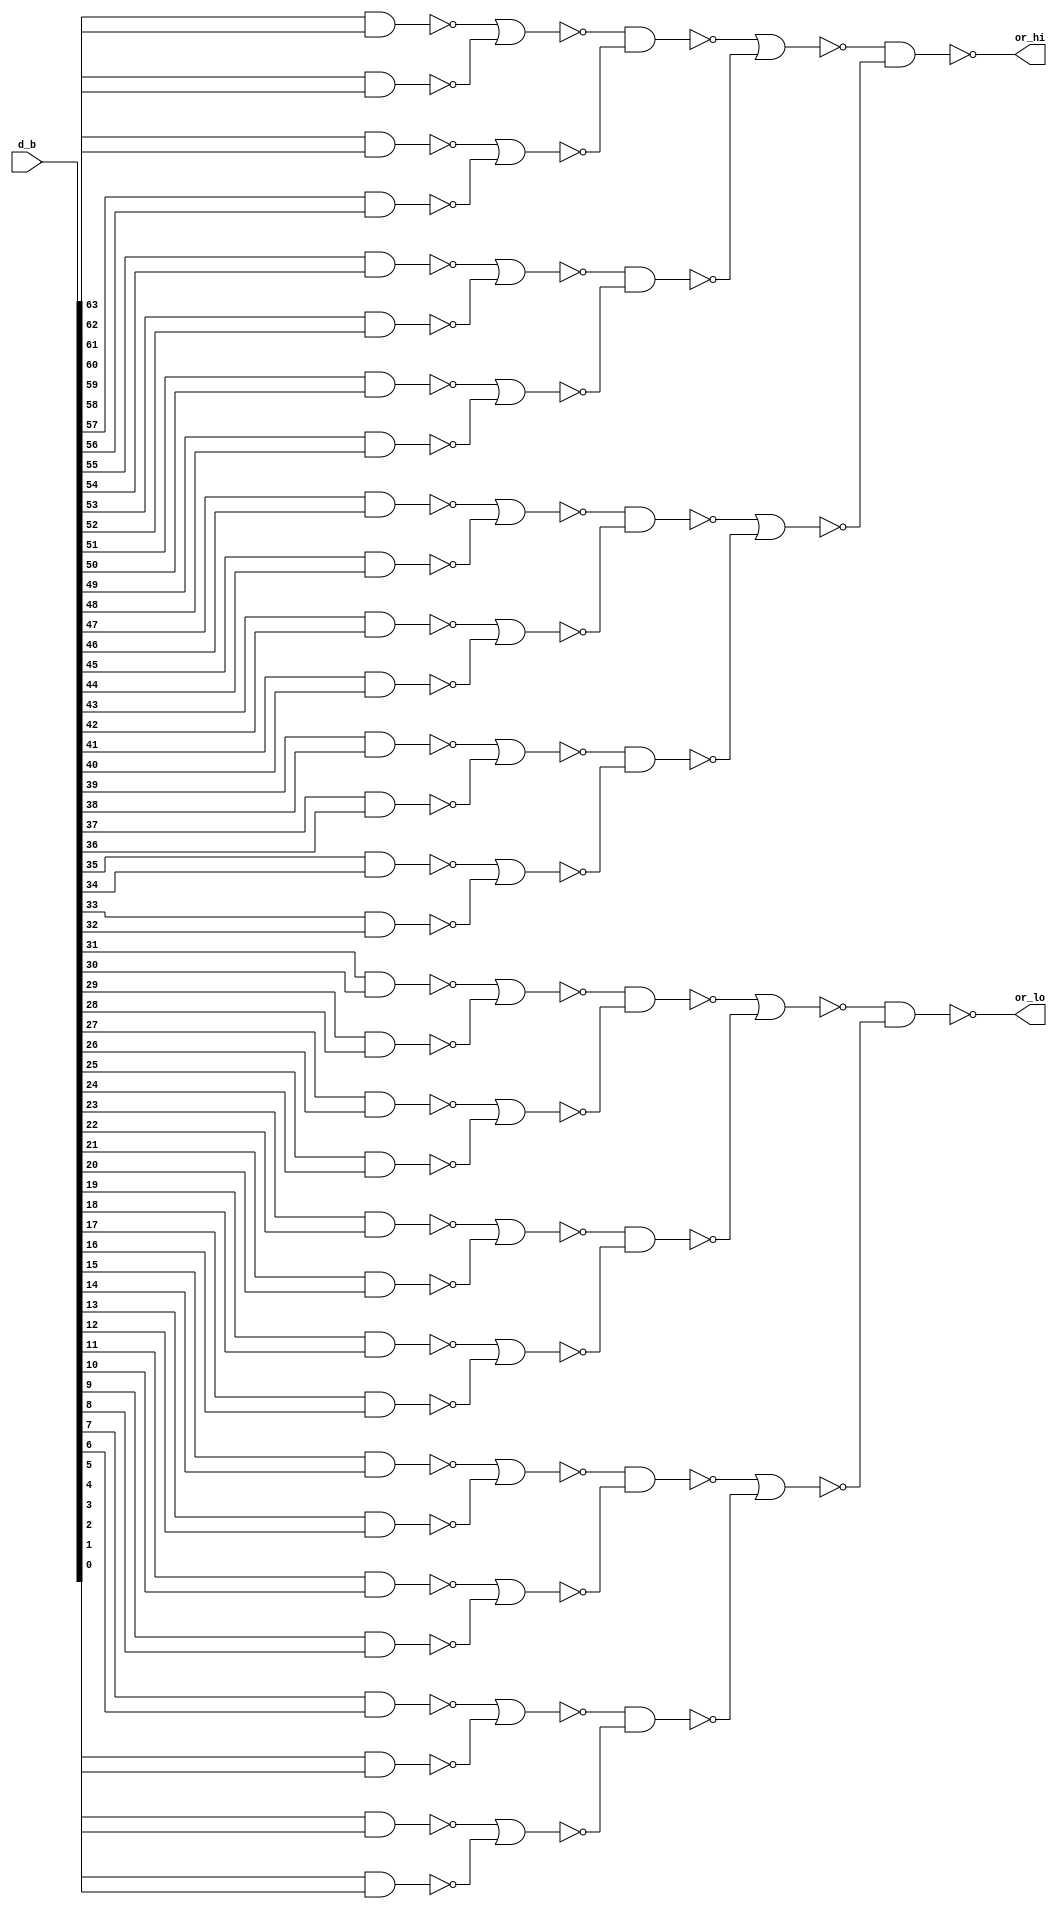
//  IBM Corp. 2020
// Licensed under the Apache License, Version 2.0 (the "License"), as modified by
// the terms below; you may not use the files in this repository except in
// compliance with the License as modified.
// You may obtain a copy of the License at http://www.apache.org/licenses/LICENSE-2.0
//
// Modified Terms:
//
//    1) For the purpose of the patent license granted to you in Section 3 of the
//    License, the "Work" hereby includes implementations of the work of authorship
//    in physical form.
//
//    2) Notwithstanding any terms to the contrary in the License, any licenses
//    necessary for implementation of the Work that are available from OpenPOWER
//    via the Power ISA End User License Agreement (EULA) are explicitly excluded
//    hereunder, and may be obtained from OpenPOWER under the terms and conditions
//    of the EULA.  
//
// Unless required by applicable law or agreed to in writing, the reference design
// distributed under the License is distributed on an "AS IS" BASIS, WITHOUT
// WARRANTIES OR CONDITIONS OF ANY KIND, either express or implied. See the License
// for the specific language governing permissions and limitations under the License.
// 
// Additional rights, including the ability to physically implement a softcore that
// is compliant with the required sections of the Power ISA Specification, are
// available at no cost under the terms of the OpenPOWER Power ISA EULA, which can be
// obtained (along with the Power ISA) here: https://openpowerfoundation.org. 

//  Description:  XU Merge Or-Reduce Component
//
//*****************************************************************************
module tri_st_or3232_b(
   d_b,
   or_hi,
   or_lo
);

   input [0:63] d_b;		//data
   output       or_hi;		// upper 32 ORed together
   output       or_lo;          // lower 32 ORed together


   wire [0:31]  ca_or_lv1;
   wire [0:15]  ca_or_lv2_b;
   wire [0:7]   ca_or_lv3;
   wire [0:3]   ca_or_lv4_b;
   wire [0:1]   ca_or_lv5;


   assign ca_or_lv1[0] = (~(d_b[0] & d_b[1]));
   assign ca_or_lv1[1] = (~(d_b[2] & d_b[3]));
   assign ca_or_lv1[2] = (~(d_b[4] & d_b[5]));
   assign ca_or_lv1[3] = (~(d_b[6] & d_b[7]));
   assign ca_or_lv1[4] = (~(d_b[8] & d_b[9]));
   assign ca_or_lv1[5] = (~(d_b[10] & d_b[11]));
   assign ca_or_lv1[6] = (~(d_b[12] & d_b[13]));
   assign ca_or_lv1[7] = (~(d_b[14] & d_b[15]));
   assign ca_or_lv1[8] = (~(d_b[16] & d_b[17]));
   assign ca_or_lv1[9] = (~(d_b[18] & d_b[19]));
   assign ca_or_lv1[10] = (~(d_b[20] & d_b[21]));
   assign ca_or_lv1[11] = (~(d_b[22] & d_b[23]));
   assign ca_or_lv1[12] = (~(d_b[24] & d_b[25]));
   assign ca_or_lv1[13] = (~(d_b[26] & d_b[27]));
   assign ca_or_lv1[14] = (~(d_b[28] & d_b[29]));
   assign ca_or_lv1[15] = (~(d_b[30] & d_b[31]));
   assign ca_or_lv1[16] = (~(d_b[32] & d_b[33]));
   assign ca_or_lv1[17] = (~(d_b[34] & d_b[35]));
   assign ca_or_lv1[18] = (~(d_b[36] & d_b[37]));
   assign ca_or_lv1[19] = (~(d_b[38] & d_b[39]));
   assign ca_or_lv1[20] = (~(d_b[40] & d_b[41]));
   assign ca_or_lv1[21] = (~(d_b[42] & d_b[43]));
   assign ca_or_lv1[22] = (~(d_b[44] & d_b[45]));
   assign ca_or_lv1[23] = (~(d_b[46] & d_b[47]));
   assign ca_or_lv1[24] = (~(d_b[48] & d_b[49]));
   assign ca_or_lv1[25] = (~(d_b[50] & d_b[51]));
   assign ca_or_lv1[26] = (~(d_b[52] & d_b[53]));
   assign ca_or_lv1[27] = (~(d_b[54] & d_b[55]));
   assign ca_or_lv1[28] = (~(d_b[56] & d_b[57]));
   assign ca_or_lv1[29] = (~(d_b[58] & d_b[59]));
   assign ca_or_lv1[30] = (~(d_b[60] & d_b[61]));
   assign ca_or_lv1[31] = (~(d_b[62] & d_b[63]));

   assign ca_or_lv2_b[0] = (~(ca_or_lv1[0] | ca_or_lv1[1]));
   assign ca_or_lv2_b[1] = (~(ca_or_lv1[2] | ca_or_lv1[3]));
   assign ca_or_lv2_b[2] = (~(ca_or_lv1[4] | ca_or_lv1[5]));
   assign ca_or_lv2_b[3] = (~(ca_or_lv1[6] | ca_or_lv1[7]));
   assign ca_or_lv2_b[4] = (~(ca_or_lv1[8] | ca_or_lv1[9]));
   assign ca_or_lv2_b[5] = (~(ca_or_lv1[10] | ca_or_lv1[11]));
   assign ca_or_lv2_b[6] = (~(ca_or_lv1[12] | ca_or_lv1[13]));
   assign ca_or_lv2_b[7] = (~(ca_or_lv1[14] | ca_or_lv1[15]));
   assign ca_or_lv2_b[8] = (~(ca_or_lv1[16] | ca_or_lv1[17]));
   assign ca_or_lv2_b[9] = (~(ca_or_lv1[18] | ca_or_lv1[19]));
   assign ca_or_lv2_b[10] = (~(ca_or_lv1[20] | ca_or_lv1[21]));
   assign ca_or_lv2_b[11] = (~(ca_or_lv1[22] | ca_or_lv1[23]));
   assign ca_or_lv2_b[12] = (~(ca_or_lv1[24] | ca_or_lv1[25]));
   assign ca_or_lv2_b[13] = (~(ca_or_lv1[26] | ca_or_lv1[27]));
   assign ca_or_lv2_b[14] = (~(ca_or_lv1[28] | ca_or_lv1[29]));
   assign ca_or_lv2_b[15] = (~(ca_or_lv1[30] | ca_or_lv1[31]));

   assign ca_or_lv3[0] = (~(ca_or_lv2_b[0] & ca_or_lv2_b[1]));
   assign ca_or_lv3[1] = (~(ca_or_lv2_b[2] & ca_or_lv2_b[3]));
   assign ca_or_lv3[2] = (~(ca_or_lv2_b[4] & ca_or_lv2_b[5]));
   assign ca_or_lv3[3] = (~(ca_or_lv2_b[6] & ca_or_lv2_b[7]));
   assign ca_or_lv3[4] = (~(ca_or_lv2_b[8] & ca_or_lv2_b[9]));
   assign ca_or_lv3[5] = (~(ca_or_lv2_b[10] & ca_or_lv2_b[11]));
   assign ca_or_lv3[6] = (~(ca_or_lv2_b[12] & ca_or_lv2_b[13]));
   assign ca_or_lv3[7] = (~(ca_or_lv2_b[14] & ca_or_lv2_b[15]));

   assign ca_or_lv4_b[0] = (~(ca_or_lv3[0] | ca_or_lv3[1]));
   assign ca_or_lv4_b[1] = (~(ca_or_lv3[2] | ca_or_lv3[3]));
   assign ca_or_lv4_b[2] = (~(ca_or_lv3[4] | ca_or_lv3[5]));
   assign ca_or_lv4_b[3] = (~(ca_or_lv3[6] | ca_or_lv3[7]));

   assign ca_or_lv5[0] = (~(ca_or_lv4_b[0] & ca_or_lv4_b[1]));
   assign ca_or_lv5[1] = (~(ca_or_lv4_b[2] & ca_or_lv4_b[3]));

   assign or_hi = ca_or_lv5[0];		// rename
   assign or_lo = ca_or_lv5[1];		// rename

// ///////// in placement order //////////////////////////////////////////////
//  u_ca_or_00: ca_or_lv1  ( 0) <= not( d_b  ( 0) and d_b  ( 1) );
//  u_ca_or_01: ca_or_lv2_b( 0) <= not( ca_or_lv1  ( 0) or  ca_or_lv1  ( 1) );
//  u_ca_or_02: ca_or_lv1  ( 1) <= not( d_b  ( 2) and d_b  ( 3) );
//  u_ca_or_03: ca_or_lv3  ( 0) <= not( ca_or_lv2_b( 0) and ca_or_lv2_b( 1) );
//  u_ca_or_04: ca_or_lv1  ( 2  <= not( d_b  ( 4) and d_b  ( 5) );
//  u_ca_or_05: ca_or_lv2_b( 1) <= not( ca_or_lv1  ( 2) or  ca_or_lv1  ( 3) );
//  u_ca_or_06: ca_or_lv1  ( 3) <= not( d_b  ( 6) and d_b  ( 7) );
//  u_ca_or_07: ca_or_lv4_b( 0) <= not( ca_or_lv3  ( 0) or  ca_or_lv3  ( 1) );
//  u_ca_or_08: ca_or_lv1  ( 4) <= not( d_b  ( 8) and d_b  ( 9) );
//  u_ca_or_09: ca_or_lv2_b( 2) <= not( ca_or_lv1  ( 4) or  ca_or_lv1  ( 5) );
//  u_ca_or_10: ca_or_lv1  ( 5) <= not( d_b  (10) and d_b  (11) );
//  u_ca_or_11: ca_or_lv3  ( 1) <= not( ca_or_lv2_b( 2) and ca_or_lv2_b( 3) );
//  u_ca_or_12: ca_or_lv1  ( 6) <= not( d_b  (12) and d_b  (13) );
//  u_ca_or_13: ca_or_lv2_b( 3) <= not( ca_or_lv1  ( 6) or  ca_or_lv1  ( 7) );
//  u_ca_or_14: ca_or_lv1  ( 7) <= not( d_b  (14) and d_b  (15) );
//  u_ca_or_15: ca_or_lv5  ( 0) <= not( ca_or_lv4_b( 0) and ca_or_lv4_b( 1) );
//  u_ca_or_16: ca_or_lv1  ( 8) <= not( d_b  (16) and d_b  (17) );
//  u_ca_or_17: ca_or_lv2_b( 4) <= not( ca_or_lv1  ( 8) or  ca_or_lv1  ( 9) );
//  u_ca_or_18: ca_or_lv1  ( 9) <= not( d_b  (18) and d_b  (19) );
//  u_ca_or_19: ca_or_lv3  ( 2) <= not( ca_or_lv2_b( 4) and ca_or_lv2_b( 5) );
//  u_ca_or_20: ca_or_lv1  (10) <= not( d_b  (20) and d_b  (21) );
//  u_ca_or_21: ca_or_lv2_b( 5) <= not( ca_or_lv1  (10) or  ca_or_lv1  (11) );
//  u_ca_or_22: ca_or_lv1  (11) <= not( d_b  (22) and d_b  (23) );
//  u_ca_or_23: ca_or_lv4_b( 1) <= not( ca_or_lv3  ( 2) or  ca_or_lv3  ( 3) );
//  u_ca_or_24: ca_or_lv1  (12) <= not( d_b  (24) and d_b  (25) );
//  u_ca_or_25: ca_or_lv2_b( 6) <= not( ca_or_lv1  (12) or  ca_or_lv1  (13) );
//  u_ca_or_26: ca_or_lv1  (13) <= not( d_b  (26) and d_b  (27) );
//  u_ca_or_27: ca_or_lv3  ( 3) <= not( ca_or_lv2_b( 6) and ca_or_lv2_b( 7) );
//  u_ca_or_28: ca_or_lv1  (14) <= not( d_b  (28) and d_b  (29) );
//  u_ca_or_29: ca_or_lv2_b( 7) <= not( ca_or_lv1  (14) or  ca_or_lv1  (15) );
//  u_ca_or_30: ca_or_lv1  (15) <= not( d_b  (30) and d_b  (31) );
//  u_ca_or_32: ca_or_lv1  (16) <= not( d_b  (32) and d_b  (33) );
//  u_ca_or_33: ca_or_lv2_b( 8) <= not( ca_or_lv1  (16) or  ca_or_lv1  (17) );
//  u_ca_or_34: ca_or_lv1  (17) <= not( d_b  (34) and d_b  (35) );
//  u_ca_or_35: ca_or_lv3  ( 4) <= not( ca_or_lv2_b( 8) and ca_or_lv2_b( 9) );
//  u_ca_or_36: ca_or_lv1  (18) <= not( d_b  (36) and d_b  (37) );
//  u_ca_or_37: ca_or_lv2_b( 9) <= not( ca_or_lv1  (18) or  ca_or_lv1  (19) );
//  u_ca_or_38: ca_or_lv1  (19) <= not( d_b  (38) and d_b  (39) );
//  u_ca_or_39: ca_or_lv4_b( 2) <= not( ca_or_lv3  ( 4) or  ca_or_lv3  ( 5) );
//  u_ca_or_40: ca_or_lv1  (20) <= not( d_b  (40) and d_b  (41) );
//  u_ca_or_41: ca_or_lv2_b(10) <= not( ca_or_lv1  (20) or  ca_or_lv1  (21) );
//  u_ca_or_42: ca_or_lv1  (21) <= not( d_b  (42) and d_b  (43) );
//  u_ca_or_43: ca_or_lv3  ( 5) <= not( ca_or_lv2_b(10) and ca_or_lv2_b(11) );
//  u_ca_or_44: ca_or_lv1  (22) <= not( d_b  (44) and d_b  (45) );
//  u_ca_or_45: ca_or_lv2_b(11) <= not( ca_or_lv1  (22) or  ca_or_lv1  (23) );
//  u_ca_or_46: ca_or_lv1  (23) <= not( d_b  (46) and d_b  (47) );
//  u_ca_or_47: ca_or_lv5  ( 1) <= not( ca_or_lv4_b( 2) and ca_or_lv4_b( 3) );
//  u_ca_or_48: ca_or_lv1  (24) <= not( d_b  (48) and d_b  (49) );
//  u_ca_or_49: ca_or_lv2_b(12) <= not( ca_or_lv1  (24) or  ca_or_lv1  (25) );
//  u_ca_or_50: ca_or_lv1  (25) <= not( d_b  (50) and d_b  (51) );
//  u_ca_or_51: ca_or_lv3  ( 6) <= not( ca_or_lv2_b(12) and ca_or_lv2_b(13) );
//  u_ca_or_52: ca_or_lv1  (26) <= not( d_b  (52) and d_b  (53) );
//  u_ca_or_53: ca_or_lv2_b(13) <= not( ca_or_lv1  (26) or  ca_or_lv1  (27) );
//  u_ca_or_54: ca_or_lv1  (27) <= not( d_b  (54) and d_b  (55) );
//  u_ca_or_55: ca_or_lv4_b( 3) <= not( ca_or_lv3  ( 6) or  ca_or_lv3  ( 7) );
//  u_ca_or_56: ca_or_lv1  (28) <= not( d_b  (56) and d_b  (57) );
//  u_ca_or_57: ca_or_lv2_b(14) <= not( ca_or_lv1  (28) or  ca_or_lv1  (29) );
//  u_ca_or_58: ca_or_lv1  (29) <= not( d_b  (58) and d_b  (59) );
//  u_ca_or_59: ca_or_lv3  ( 7) <= not( ca_or_lv2_b(14) and ca_or_lv2_b(15) );
//  u_ca_or_60: ca_or_lv1  (30) <= not( d_b  (60) and d_b  (61) );
//  u_ca_or_61: ca_or_lv2_b(15) <= not( ca_or_lv1  (30) or  ca_or_lv1  (31) );
//  u_ca_or_62: ca_or_lv1  (31) <= not( d_b  (62) and d_b  (63) );
//
// -- --

endmodule